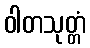
ဝါတသုတ္တံ